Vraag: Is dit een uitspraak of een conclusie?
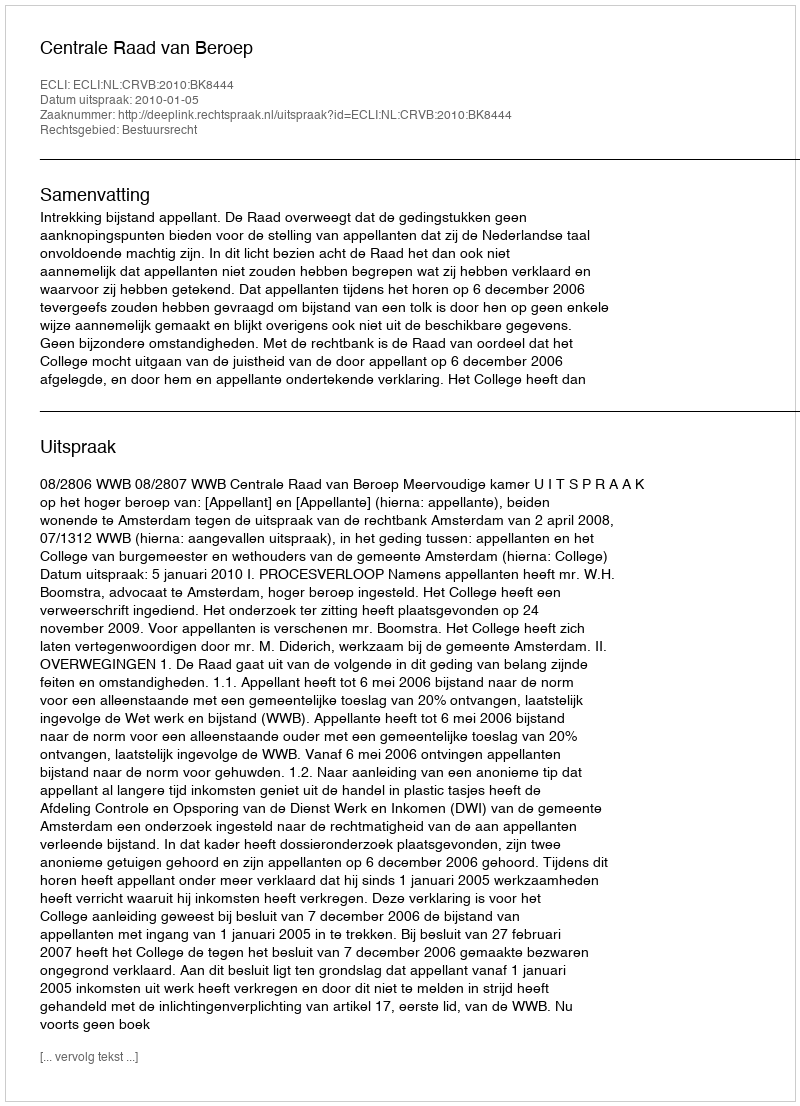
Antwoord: Uitspraak